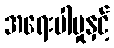
အရေးပါမှုနှင့်